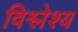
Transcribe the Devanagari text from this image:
विश्लेश्य